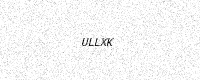
Text: ULLXK